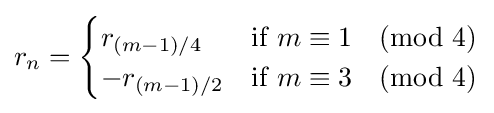
r_{n}={\begin{cases}r_{(m-1)/4}&{\text{if }}m\equiv 1{\pmod {4}}\\-r_{(m-1)/2}&{\text{if }}m\equiv 3{\pmod {4}}\end{cases}}